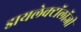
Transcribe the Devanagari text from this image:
डायलेक्टॉलॉजी